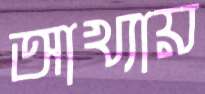
আখ্যায়